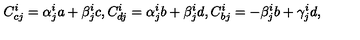
C _ { c j } ^ { i } = \alpha _ { j } ^ { i } a + \beta _ { j } ^ { i } c , C _ { d j } ^ { i } = \alpha _ { j } ^ { i } b + \beta _ { j } ^ { i } d , C _ { b j } ^ { i } = - \beta _ { j } ^ { i } b + \gamma _ { j } ^ { i } d ,